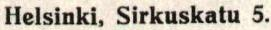
Helsinki, Sirkuskatu 5.